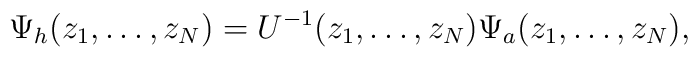
\Psi_h(z_1,\dots,z_N) = U^{-1}(z_1,\dots,z_N)\Psi_a (z_1,\dots,z_N),